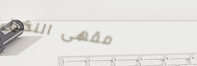
مقهى النخيل